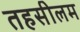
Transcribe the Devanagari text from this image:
तहसीलम